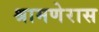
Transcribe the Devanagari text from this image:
श्रामणेरास